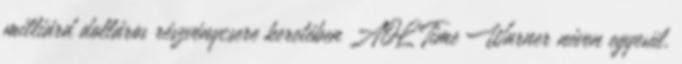
milliárd dolláros részvénycsere keretében AOL Time Warner néven egyesül.